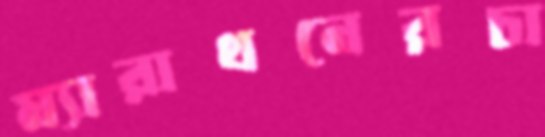
ম্যারাথনেরচা